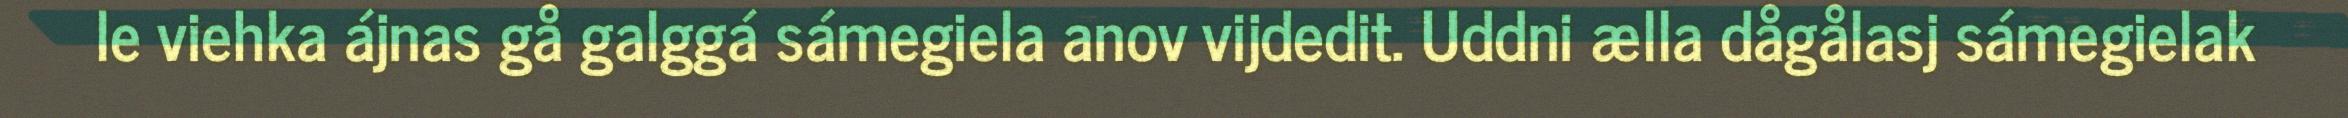
le viehka ájnas gå galggá sámegiela anov vijdedit. Uddni ælla dågålasj sámegielak